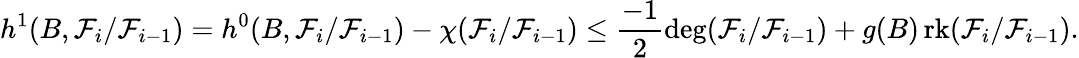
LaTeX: h^{1}(B,\mathcal{F}_{i}/\mathcal{F}_{i-1})=h^{0}(B,\mathcal{F}_{i}/\mathcal{F}_{i-1})-\chi(\mathcal{F}_{i}/\mathcal{F}_{i-1})\leq\frac{-1}{2}\deg(\mathcal{F}_{i}/\mathcal{F}_{i-1})+g(B)\operatorname{rk}(\mathcal{F}_{i}/\mathcal{F}_{i-1}).